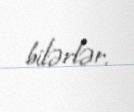
bilərlər.